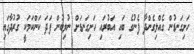
ހަށިގަނޑުން ގެއްލިގެންދާ ފެނުގެ ބައި އަބުރައި ހަށިގަނޑަށް ނުލިބުން ފަދަ ކަންކަމަކީ ގުރުދާގައި